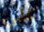
على